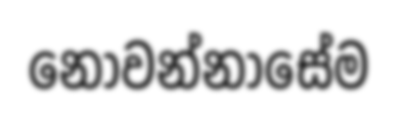
නොවන්නාසේම